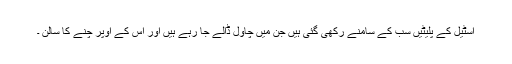
اسٹیل کے پلیٹیں سب کے سامنے رکھی گئی ہیں جن میں چاول ڈالے جا رہے ہیں اور اس کے اوپر چنے کا سالن ۔